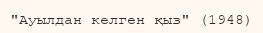
"Ауылдан келген қыз" (1948)